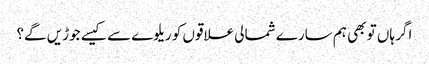
اگر ہاں تو بھی ہم سارے شمالی علاقوں کو ریلوے سے کیسے جوڑیں گے؟